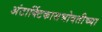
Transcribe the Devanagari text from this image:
अंटार्क्टिकासभोवतीच्या